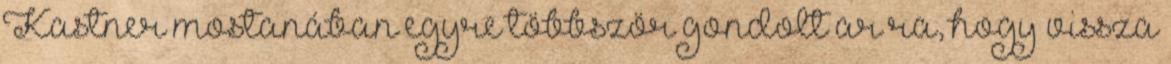
Kastner mostanában egyre többször gondolt ar ra, hogy vissza